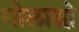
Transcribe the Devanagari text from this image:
गोलाद्धो